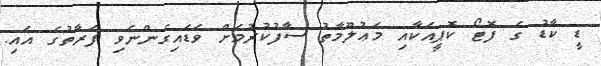
ޑީ ކާޑު ގެ ފޮޓޯ ކޮޕީއަކާއި މަޢުލޫމާތު ސާފުކުރުމަށް ވަޑައިގެންނެވި ފަރާތުގެ އައި.